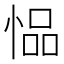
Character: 𫺢